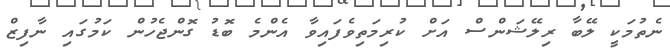
ނެތުމަކީ ލޭބާ ރިލޭޝަންސް އަށް ކުރިމަތިވެފައިވާ އެންމެ ބޮޑު ގޮންޖެހުން ކަމުގައި ނާފިޒް